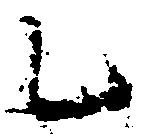
乙